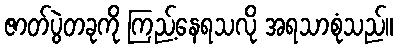
ဇာတ်ပွဲတခုကို ကြည့်နေရသလို အရသာစုံသည်။